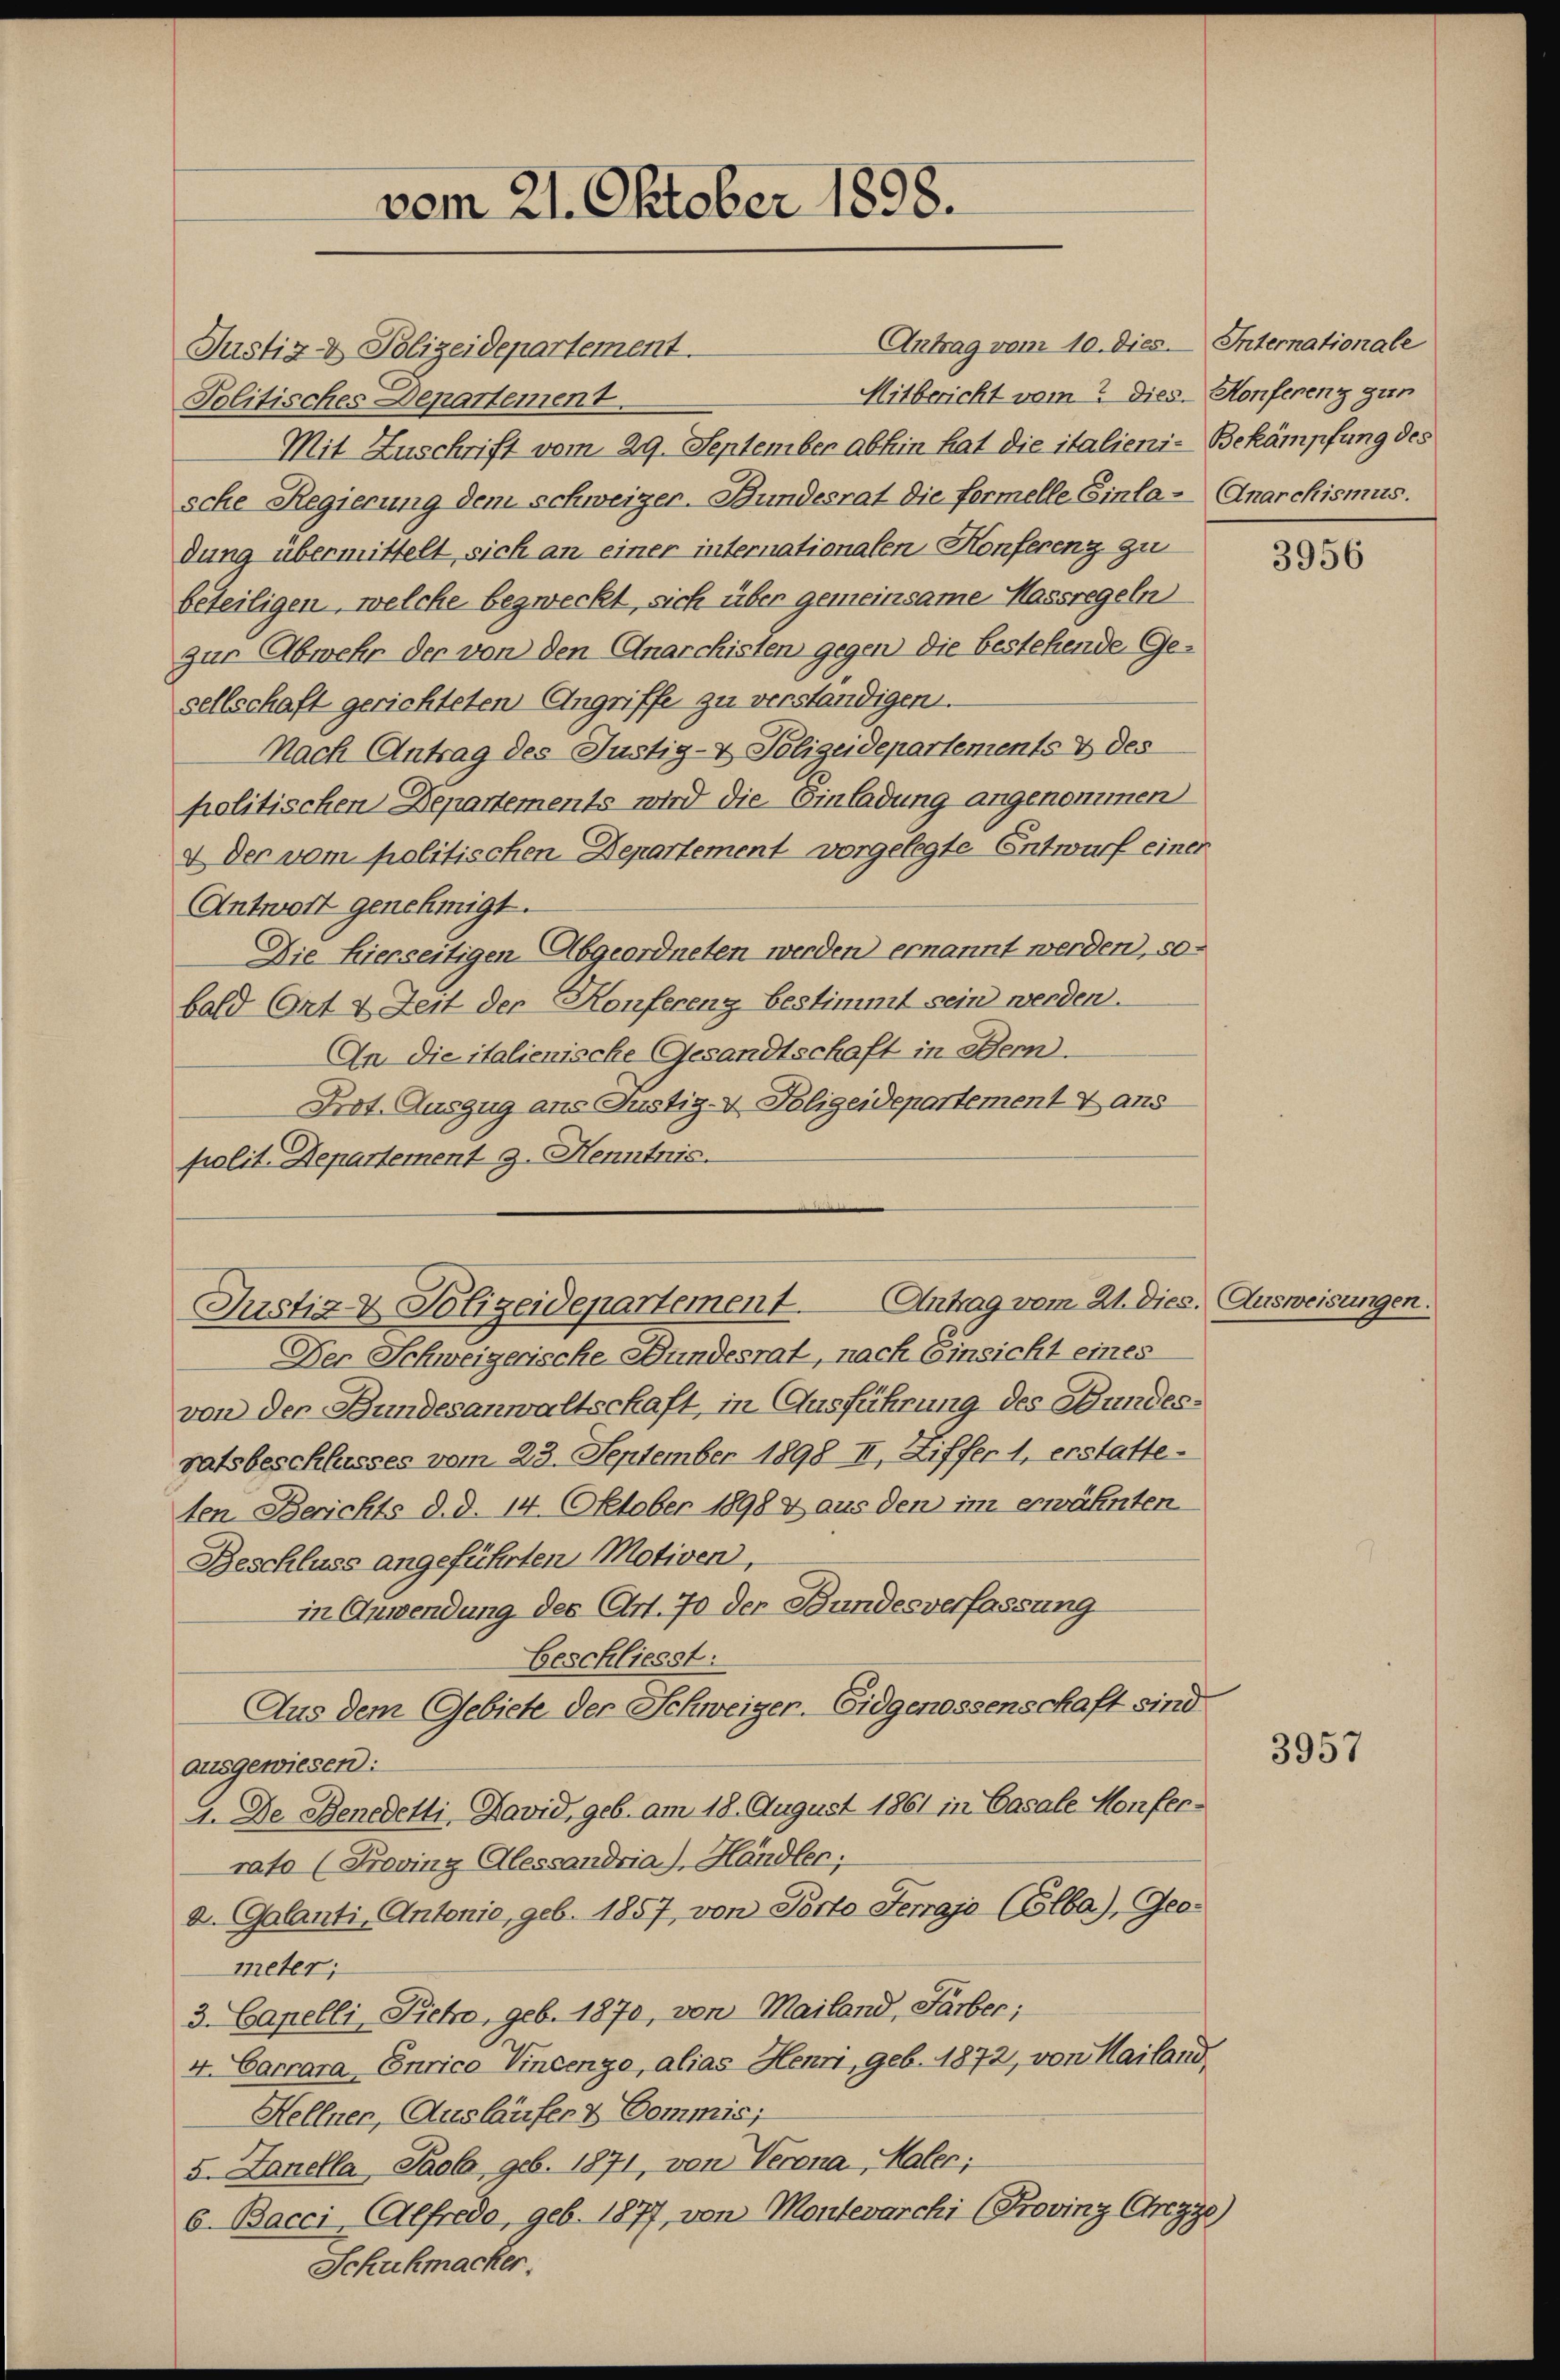
Antrag vom 10. dies. Internationale
Justiz- & Polizeidepartement.
Mitbericht vom 2. Dies. Konferenz zur
Politisches Departement.
Mit Zuschrift vom 29. September abhin hat die italieni- Bekämpfung des
sche Regierung dem schweizer-Bundesrat die formelle Einla-Anarchismus.
dung übermittelt sich an einer internationalen Konferenz zu
beteiligen, welche bezweckt, sich über gemeinsame Massregeln
zur Abwehr der von den Anarchisten gegen die bestehende Gesellschaft gerichteten Angriffe zu verständigen.
Nach Antrag des Justiz- & Polizeidepartements & des
politischen Departements wird die Einladung angenommen
4 der vom politischen Departement vorgelegte Entwurf einer
Antwort genehmigt.
Die hierseitigen Abgeordneten werden ernannt werden, sobald Ort & Zeit der Konferenz bestimmt sein werden.
An die italienische Gesandtschaft in Bern.
Prot. Auszug ans Justiz- & Polizeidepartement & ans
polit. Departement 9. Henntnis.

vom 21. Oktober 1898.

Der Schweigerische Bundesrat, nach Einsicht eines
von der Bundesanwaltschaft, in Ausführung des Bundesgatsbeschlusses vom 23. September 1898 II, Ziffer 1, erstatte-
ten Berichts d. d. 14. Oktober 1898 x aus den im erwähnten
Beschluss angeführten Motiven,
in Anwendung des Art. 70 der Bundesverfassung
Geschliesst:
Aus dem Gebiete der Schweiger. Eidgenossenschaft sind.
ausgewiesen:
4. De Benedetti, David, geb. am 18. August 1861 in Casale Konferrato (Proving Alessandria), Handler;
d. Galanti, Antonio, geb. 1857, von Porto Terrajo (Colba), Geometer;
3. Capelli, Sieto, geb. 1870, von Mailand, Farber;
4. Carrara Curico Vincenzo, alias Henri, geb. 1872, von Mailand,
Hellner, Ausläufer & Commis;
5. Janella Paola, geb. 1871, von Verena, Kaler;
6. Bacci (Alfredo, geb. 1877, von Montevarchi (Provinz Crezze)
Schuhmacker.

Justiz & Polizeidepartement. Antrag vom 21. Dies. Ausweisungen.

3956

3957